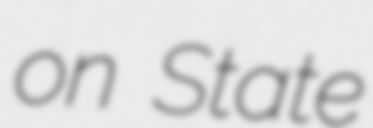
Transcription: on State